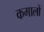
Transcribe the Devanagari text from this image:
कमालों